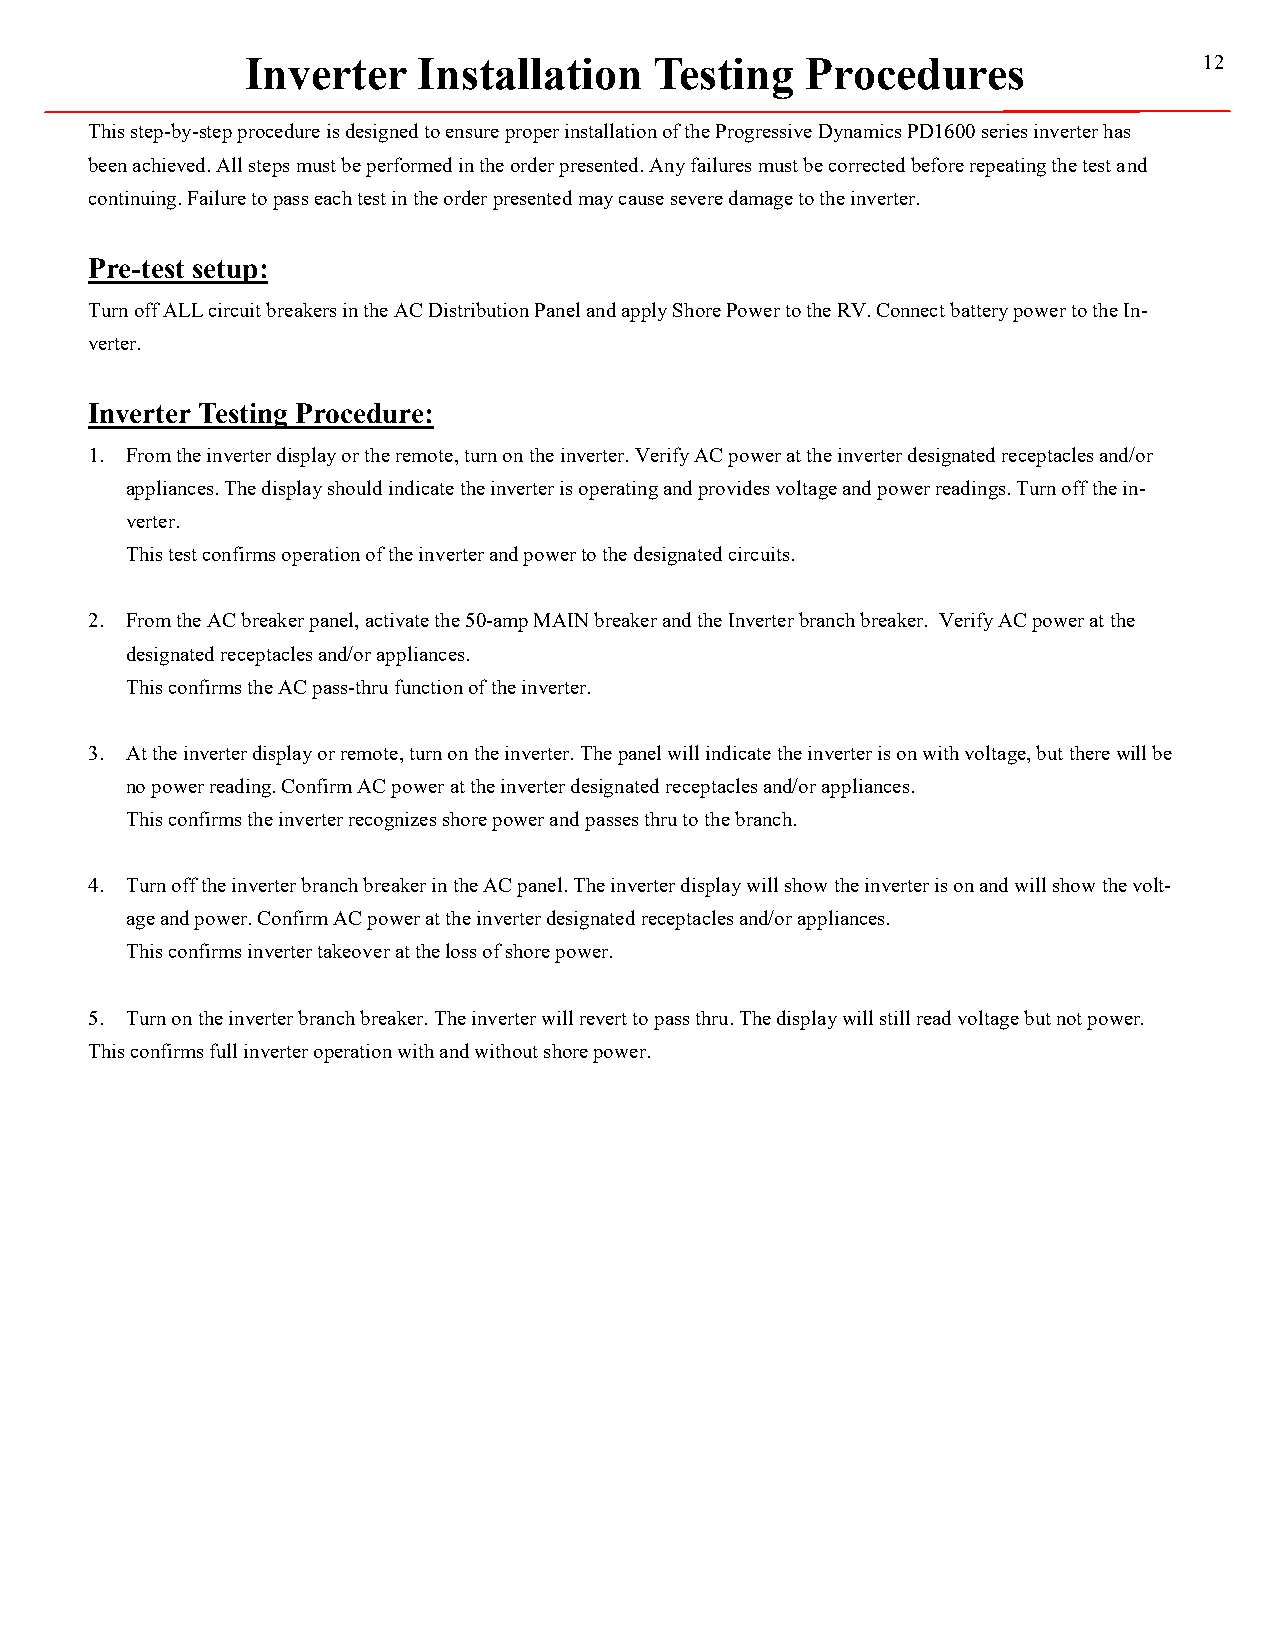
Inverter    Installation   Testing   Procedures                 12
 This step-by-step procedure is designed to ensure proper installation of the Progressive Dynamics PD1600 series inverter has
 been achieved. All steps must be performed in the order presented. Any failures must be corrected before repeating the test and
 continuing. Failure to pass each test in the order presented may cause severe damage to the inverter.
 Pre-test setup:
 Turn off ALL circuit breakers in the AC Distribution Panel and apply Shore Power to the RV. Connect battery power to the In-
 verter.
 Inverter Testing Procedure:
 1. From the inverter display or the remote, turn on the inverter. Verify AC power at the inverter designated receptacles and/or
 appliances. The display should indicate the inverter is operating and provides voltage and power readings. Turn off the in-
 verter.
 This test confirms operation of the inverter and power to the designated circuits.
 2. From the AC breaker panel, activate the 50-amp MAIN breaker and the Inverter branch breaker. Verify AC power at the
 designated receptacles and/or appliances.
 This confirms the AC pass-thru function of the inverter.
 3. At the inverter display or remote, turn on the inverter. The panel will indicate the inverter is on with voltage, but there will be
 no power reading. Confirm AC power at the inverter designated receptacles and/or appliances.
 This confirms the inverter recognizes shore power and passes thru to the branch.
 4. Turn off the inverter branch breaker in the AC panel. The inverter display will show the inverter is on and will show the volt-
 age and power. Confirm AC power at the inverter designated receptacles and/or appliances.
 This confirms inverter takeover at the loss of shore power.
 5. Turn on the inverter branch breaker. The inverter will revert to pass thru. The display will still read voltage but not power.
 This confirms full inverter operation with and without shore power.